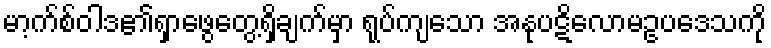
မာ့က်စ်ဝါဒ၏ရှာဖွေတွေ့ရှိချက်မှာ ရုပ်ကျသော အနုပဋိလောမဥပဒေသကို